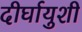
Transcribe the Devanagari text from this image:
दीर्घायुशी